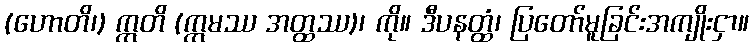
(ဟောတိ၊) ဣတိ (ဣမဿ အတ္ထဿ)၊ ကို။ ဒီပနတ္ထံ၊ ပြတော်မူခြင်းအကျိုးငှာ။